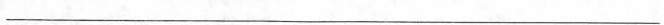
___